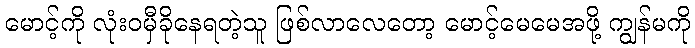
မောင့်ကို လုံးဝမှီခိုနေရတဲ့သူ ဖြစ်လာလေတော့ မောင့်မေမေအဖို့ ကျွန်မကို